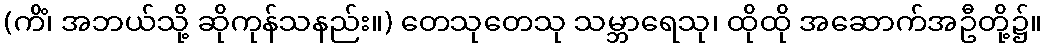
(ကိံ၊ အဘယ်သို့ ဆိုကုန်သနည်း။) တေသုတေသု သမ္ဘာရေသု၊ ထိုထို အဆောက်အဦတို့၌။